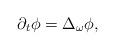
LaTeX: \begin{align*}\partial_t\phi=\Delta_\omega \phi,\end{align*}